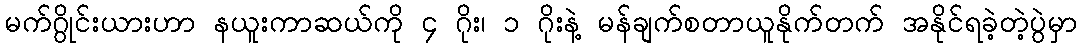
မက်ဂွိုင်းယားဟာ နယူးကာဆယ်ကို ၄ ဂိုး၊ ၁ ဂိုးနဲ့ မန်ချက်စတာယူနိုက်တက် အနိုင်ရခဲ့တဲ့ပွဲမှာ